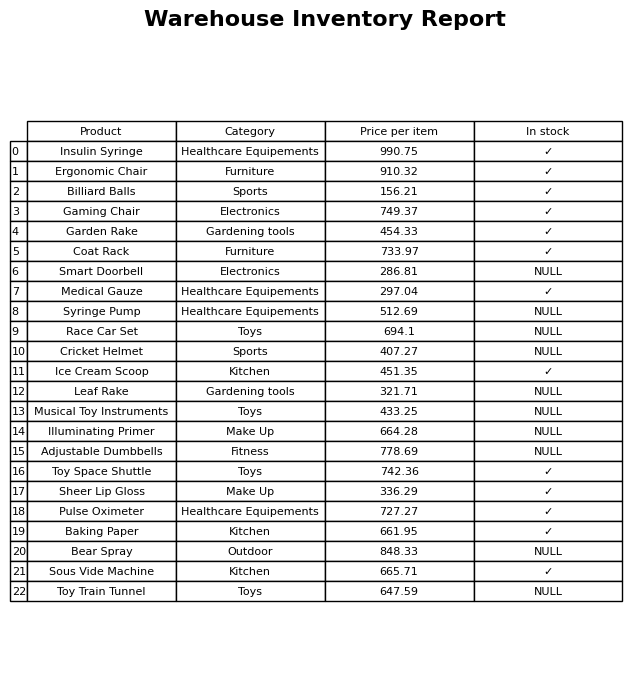
question: What is the price of the Garden Rake?
answer: The price of Garden Rake is 454.33.